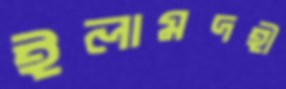
ইলামদহী